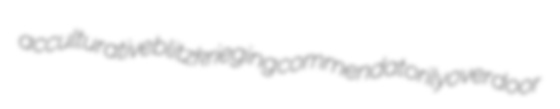
acculturative blitzkrieging commendatorily overdoor